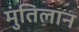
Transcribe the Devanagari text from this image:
मुंतिलान